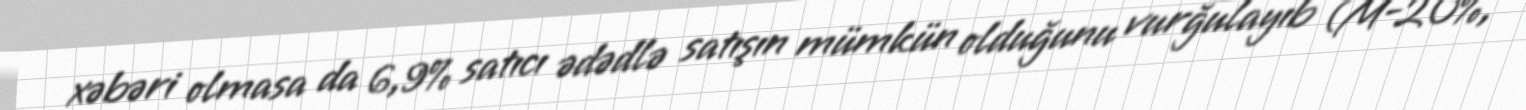
xəbəri olmasa da 6,9% satıcı ədədlə satışın mümkün olduğunu vurğulayıb (M-20%,